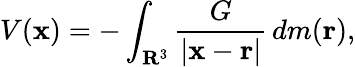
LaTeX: V(\mathbf{x})=-\int_{\mathbf{R}^{3}}{\frac{G}{|\mathbf{x}-\mathbf{r}|}}\, dm(\mathbf{r}),